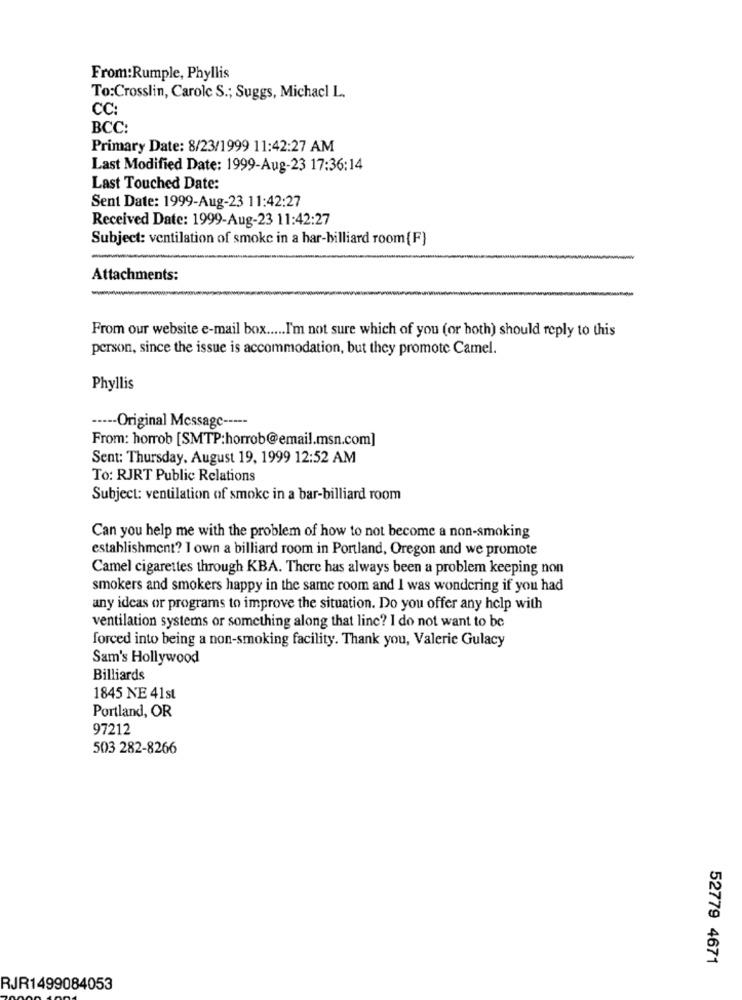
From:Rumple, Phyllis
To:Crosslin, Carole S .; Suggs, Michacl L.
CC:
BCC:
Primary Date: 8/23/1999 11:42:27 AM
Last Modified Date: 1999-Aug-23 17:36:14
Last Touched Date:
Sent Date: 1999-Aug-23 11:42:27
Received Date: 1999-Aug-23 11:42:27
Subject: ventilation of smoke in a har-billiard room {F}
Attachments:
From our website e-mail box ..... I'm not sure which of you (or both) should reply to this
person, since the issue is accommodation, but they promote Camel.
Phyllis
----- Original Message -----
From: horrob [SMTP:horrob@email.msn.com]
Sent: Thursday. August 19, 1999 12:52 AM
To: RJRT Public Relations
Subject: ventilation of smoke in a bar-billiard room
Can you help me with the problem of how to not become a non-smoking
establishment? I own a billiard room in Portland, Oregon and we promote
Camel cigarettes through KBA. There has always been a problem keeping non
smokers and smokers happy in the same room and I was wondering if you had
any ideas or programs to improve the situation. Do you offer any help with
ventilation systems or something along that line? I do not want to be
forced into being a non-smoking facility. Thank you, Valerie Gulacy
Sam's Hollywood
Billiards
1845 NE 41st
Portland, OR
97212
503 282-8266
52779 4671
RJR1499084053